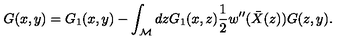
G ( x , y ) = G _ { 1 } ( x , y ) - \int _ { \cal M } d z G _ { 1 } ( x , z ) \frac 1 2 w ^ { \prime \prime } ( \bar { X } ( z ) ) G ( z , y ) .